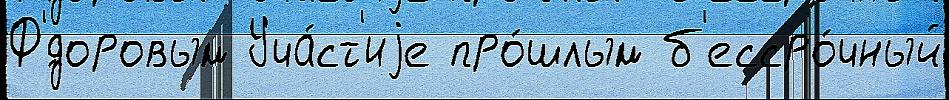
Ф'́доровым Уча́ст'иjе про́шлым б'ессро́чный